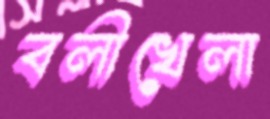
বলীখেলা